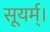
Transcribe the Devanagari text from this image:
सूयर्म्।